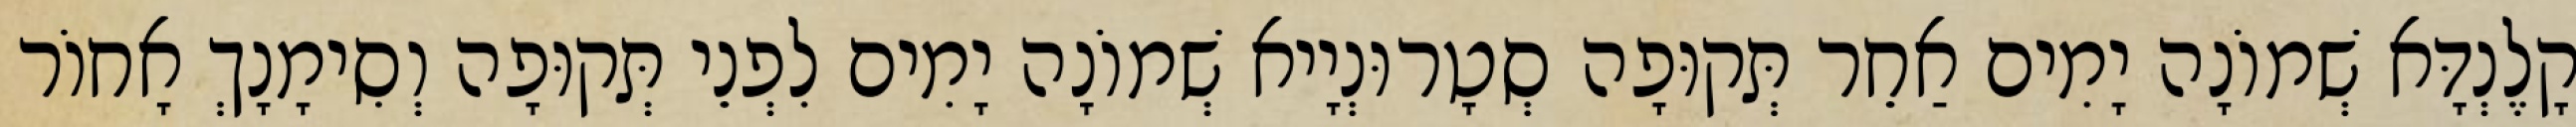
קָלֶנְדָּא שְׁמוֹנָה יָמִים אַחֵר תְּקוּפָה סְטָרוּנְיָיא שְׁמוֹנָה יָמִים לִפְנֵי תְּקוּפָה וְסִימָנָךְ אָחוֹר